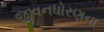
જીવનધોરણના